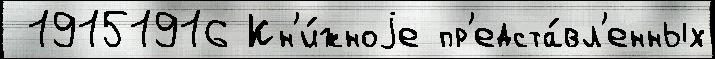
 19151916 Кн'и́жноjе пр'едста́вл'енных